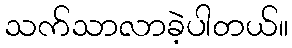
သက်သာလာခဲ့ပါတယ်။